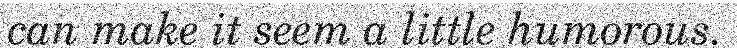
can make it seem a little humorous.